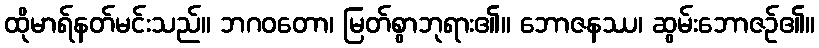
ထိုမာရ်နတ်မင်းသည်။ ဘဂဝတော၊ မြတ်စွာဘုရား၏။ ဘောဇနဿ၊ ဆွမ်းဘောဇဉ်၏။